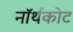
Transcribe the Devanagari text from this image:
नॉर्थकोट